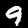
Digit: 9